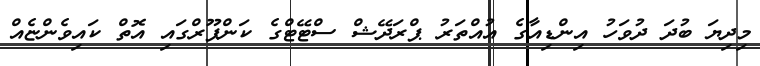
މިދިޔަ ބުދަ ދުވަހު އިންޑިއާގެ އުއްތަރު ޕްރަދޭޝް ސްޓޭޓްގެ ކަންޕޫރްގައި އޮތް ކައިވެންޏެއް